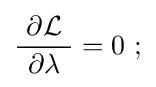
{\frac {\ \partial {\mathcal {L}}\ }{\partial \lambda }}=0\ ;